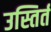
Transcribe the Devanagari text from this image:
उस्तिर्त